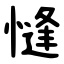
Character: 㦀